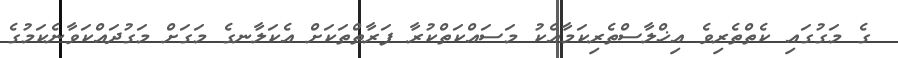
ގެ މަގުގައި ކެތްތެރިވެ އިޚްލާސްތެރިކަމާއެކު މަސައްކަތްކުރާ ފަރާތްތަކަށް އެކަލާނގެ މަގަށް މަގުދައްކަވާނެކަމުގެ